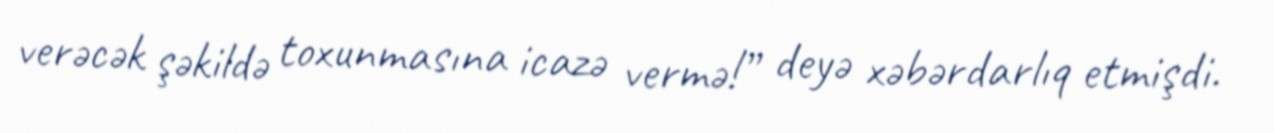
verəcək şəkildə toxunmasına icazə vermə!” deyə xəbərdarlıq etmişdi.